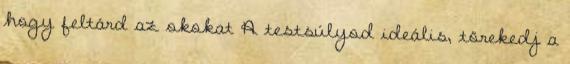
hogy feltárd az okokat A testsúlyod ideális, törekedj a